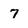
Character: 7